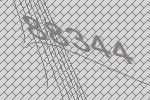
88344